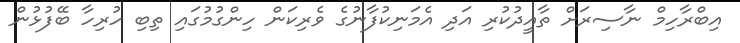
އިބްރާހިމް ނާސިރަށް ތާއީދުކުރި އަދި އެމަނިކުފާނުގެ ވެރިކަން ހިންގުމުގައި ތިބި ހުރިހާ ބޭފުޅުން